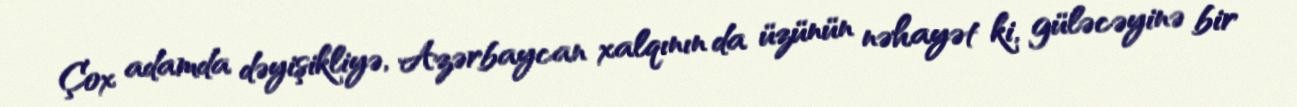
Çox adamda dəyişikliyə, Azərbaycan xalqının da üzünün nəhayət ki, güləcəyinə bir